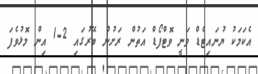
އެކަމަކު ޔުނައިޓެޑް ވަނީ ވޮޓްފޯޑް އަތުން ރަށުން ބޭރުގައި 2-1 އިން މޮޅުވެފަ